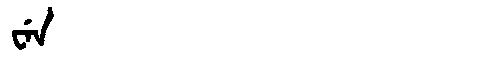
Manchu: ᠸᡝᠨ
Romanization: WEN